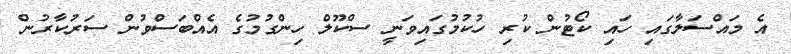
އެ މައްސަލާގައި ހައި ކޯޓުން ކުރި ހުކުމުގައިވަނީ ސްކޫލް ހިންގުމުގެ އެއްބަސްވުން ސަރުކާރުން